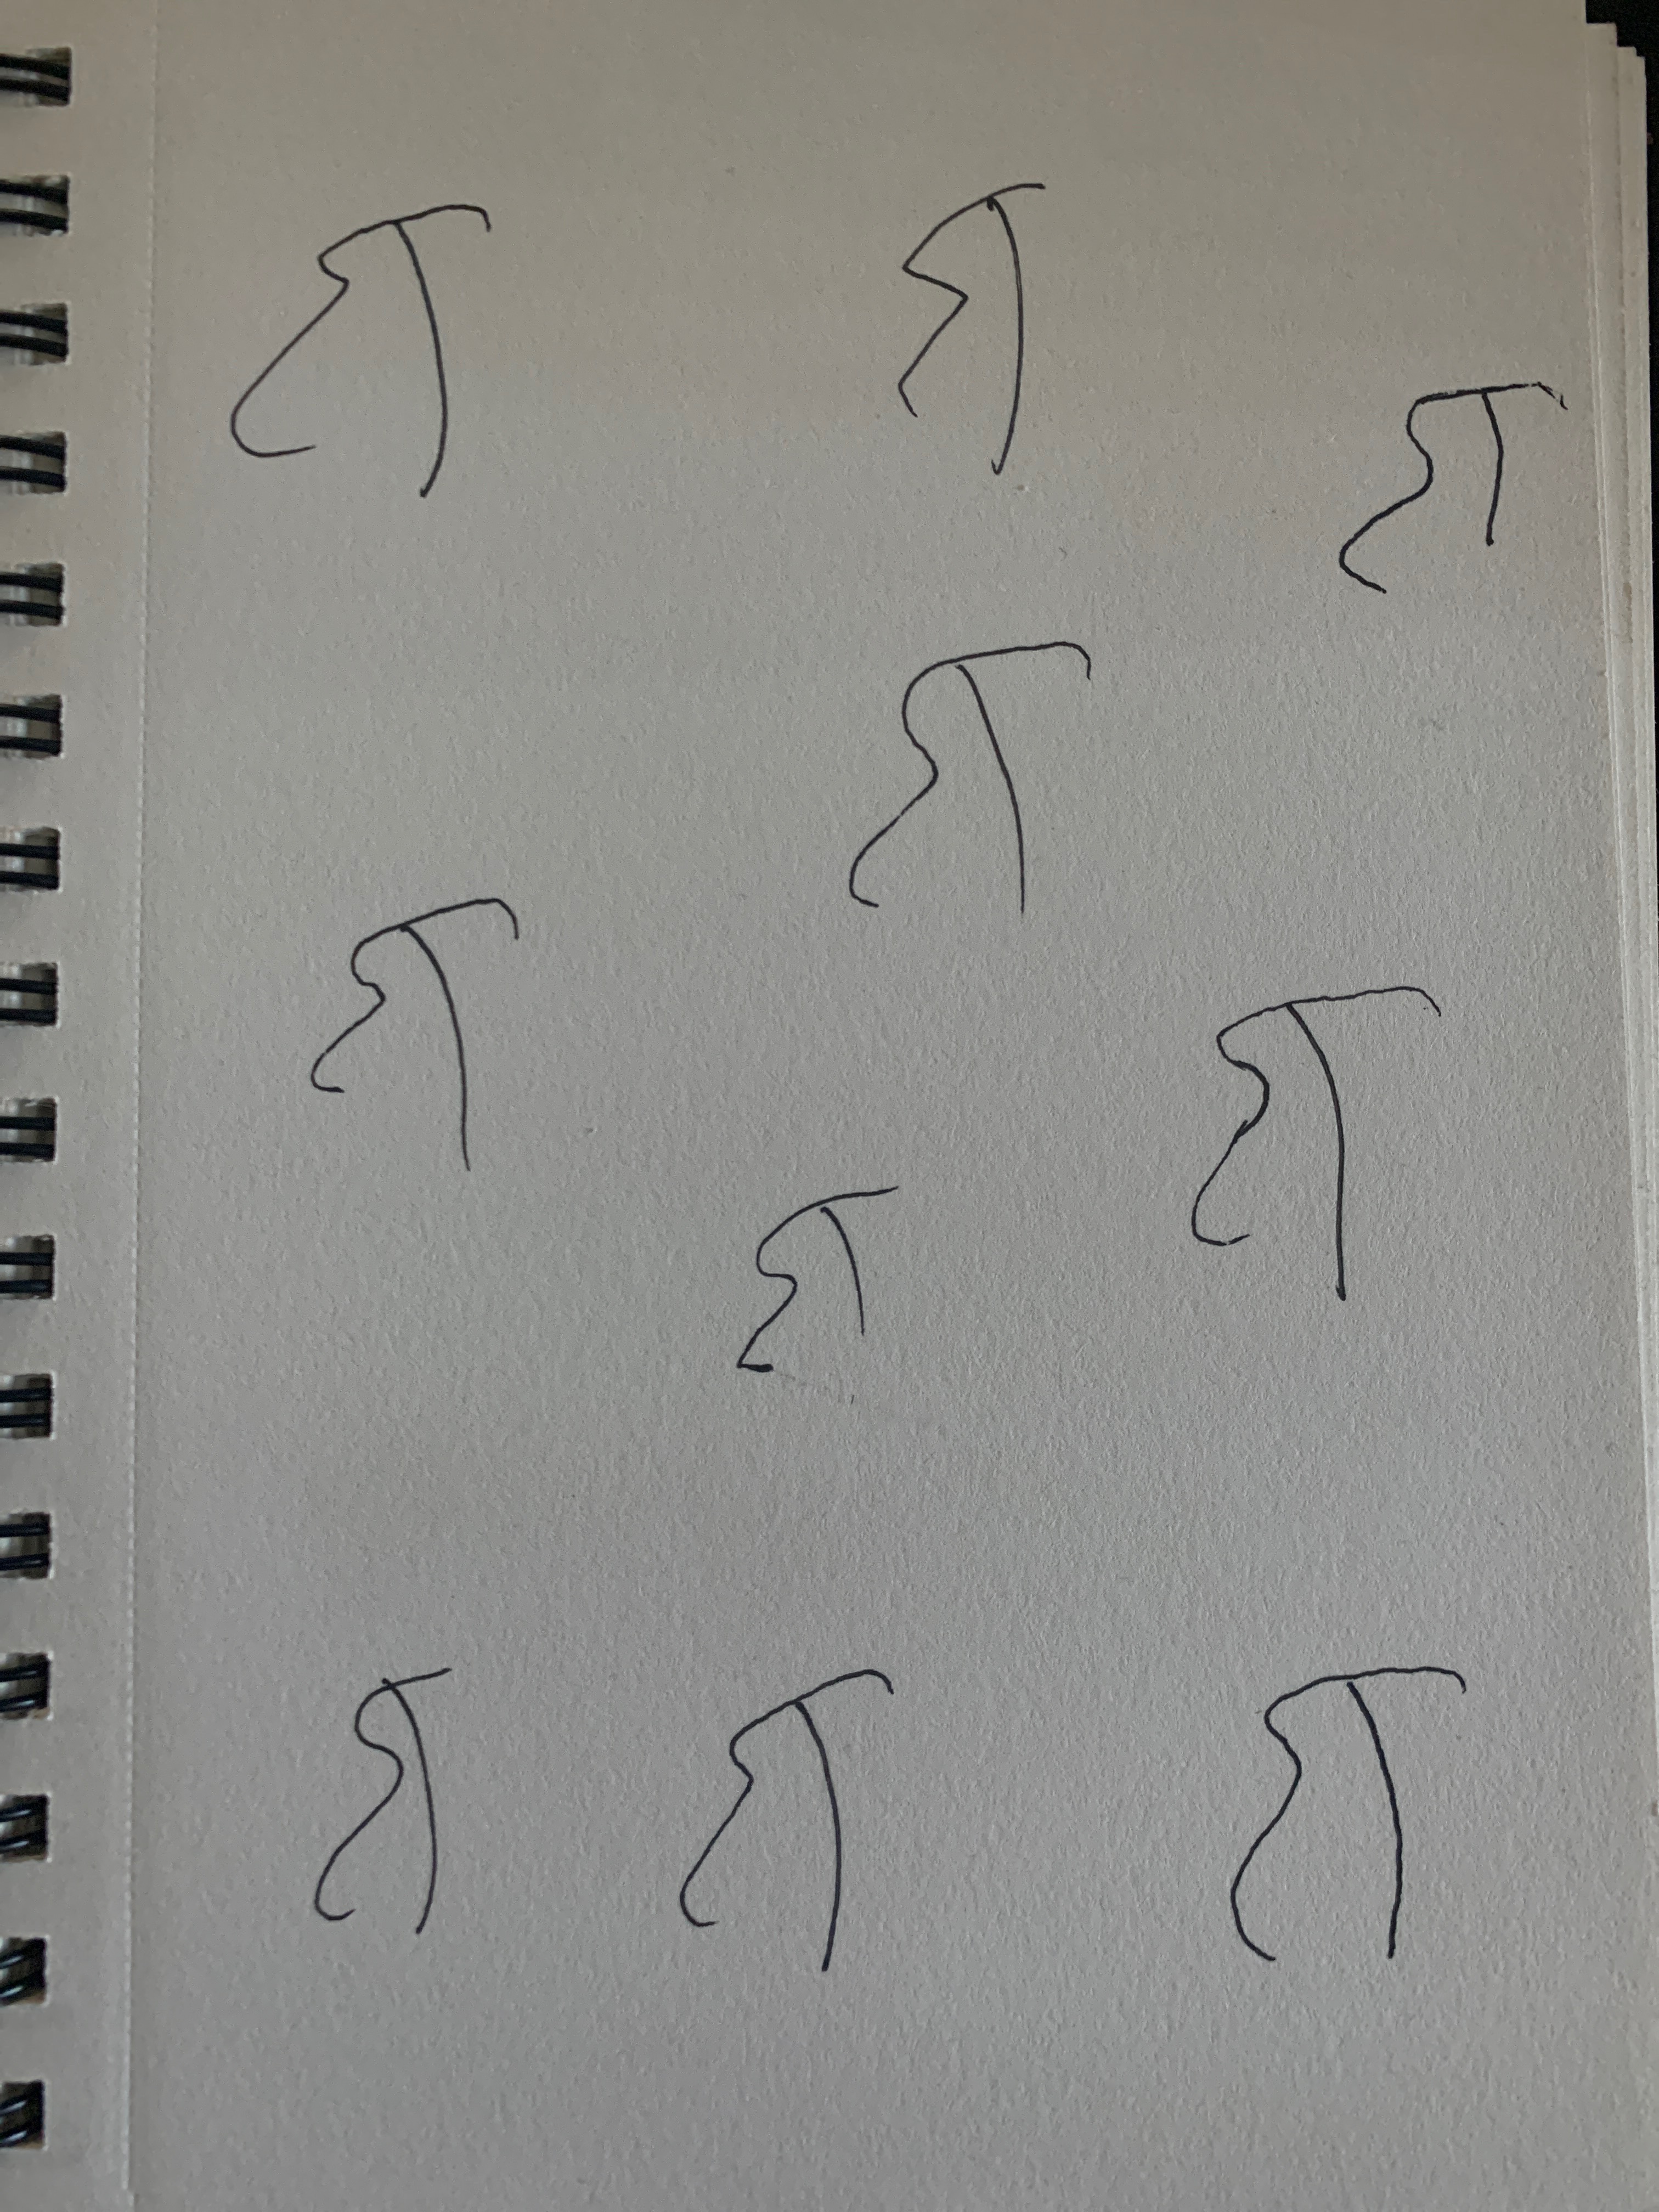
Signature authenticity: forged